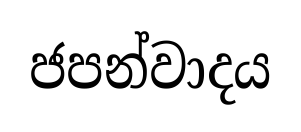
ජපන්වාදය